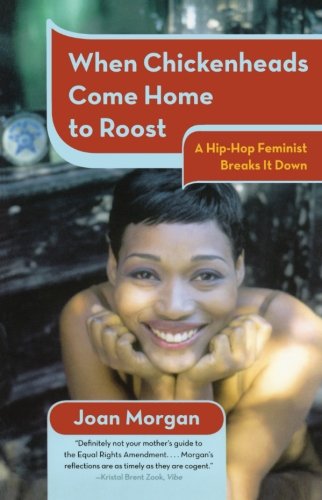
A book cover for When Chickenheads Come Home to Roost: A Hip-Hop Feminist Breaks It Down; Joan Morgan; Biographies & Memoirs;